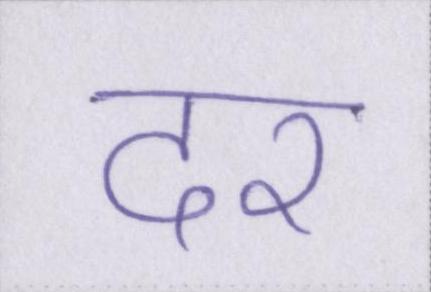
दर